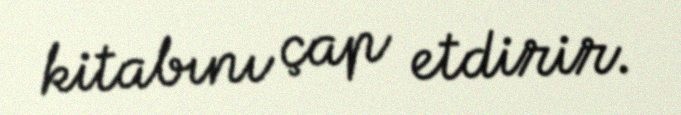
kitabını çap etdirir.